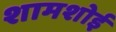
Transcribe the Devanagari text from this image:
शामशोई